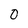
Character: 0